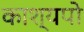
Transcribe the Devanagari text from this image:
काश्यपो